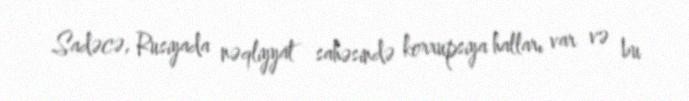
Sadəcə, Rusiyada nəqliyyat sahəsində korrupsiya halları var və bu